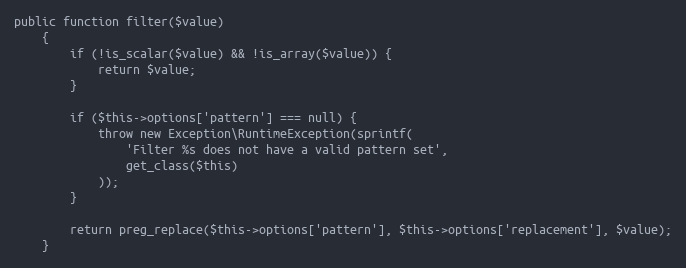
Language: PHP
public function filter($value)
    {
        if (!is_scalar($value) && !is_array($value)) {
            return $value;
        }

        if ($this->options['pattern'] === null) {
            throw new Exception\RuntimeException(sprintf(
                'Filter %s does not have a valid pattern set',
                get_class($this)
            ));
        }

        return preg_replace($this->options['pattern'], $this->options['replacement'], $value);
    }